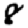
Digit: 8